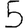
Digit: 5